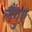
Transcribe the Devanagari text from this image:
लैंगुए